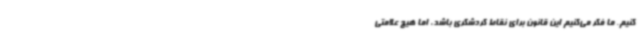
کنیم. ما فکر می‌کنیم این قانون برای نقاط گردشگری باشد، اما هیچ علامتی